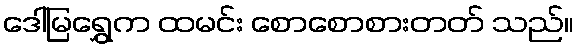
ဒေါ်မြရွှေက ထမင်း စောစောစားတတ် သည်။